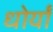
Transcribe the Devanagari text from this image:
धोर्यां